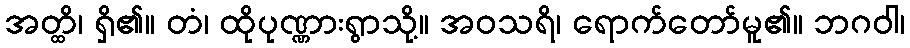
အတ္ထိ၊ ရှိ၏။ တံ၊ ထိုပုဏ္ဏားရွာသို့။ အဝသရိ၊ ရောက်တော်မူ၏။ ဘဂဝါ၊